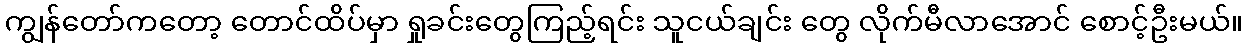
ကျွန်တော်ကတော့ တောင်ထိပ်မှာ ရှုခင်းတွေကြည့်ရင်း သူငယ်ချင်း တွေ လိုက်မီလာအောင် စောင့်ဦးမယ်။